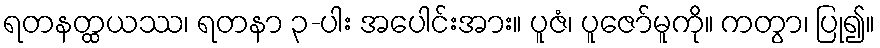
ရတနတ္ထယဿ၊ ရတနာ ၃-ပါး အပေါင်းအား။ ပူဇံ၊ ပူဇော်မူကို။ ကတွာ၊ ပြု၍။